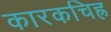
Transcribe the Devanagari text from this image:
कारकचिह्र